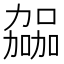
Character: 𫦹